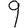
Digit: 9